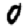
Digit: 0